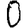
Digit: 0